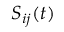
S _ { i j } ( t )